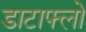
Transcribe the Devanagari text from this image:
डाटाफ्लो